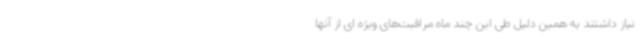
نیاز داشتند به همین دلیل طی این چند ماه مراقبت‌های ویژه ای از آنها